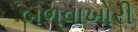
બળવાખોરી